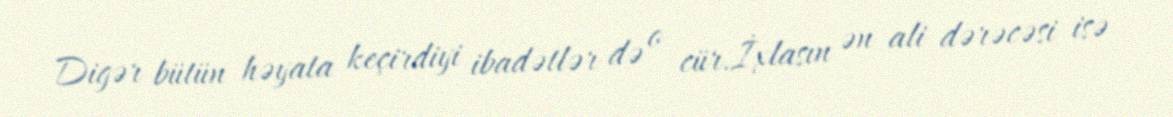
Digər bütün həyata keçirdiyi ibadətlər də o cür.İxlasın ən ali dərəcəsi isə